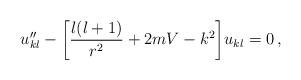
LaTeX: \begin{align*}u''_{kl}-\bigg\lbrack\frac{l(l+1)}{r^2}+2mV-k^2\bigg\rbrack u_{kl}=0\,,\end{align*}